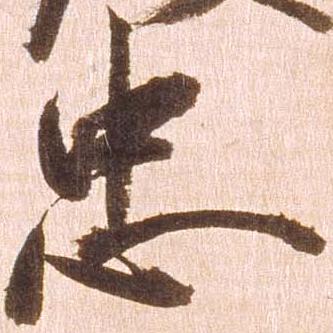
忠